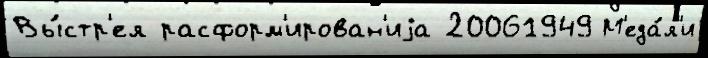
Вы́стр'ел расформ'ирован'иjа 20061949 М'еда́л'и